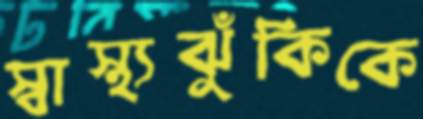
স্বাস্থ্যঝুঁকিকে